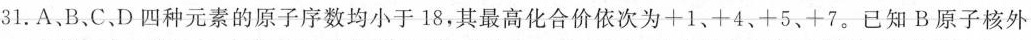
31.A、B、C、D四种元素的原子序数均小于18，其最高化合价依次为+1、+4、+5、+7。已知B原子核外